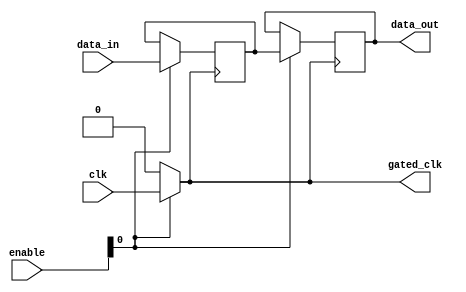
module dynamic_clock_gating (
    input wire clk,                // Main clock signal
    input wire [3:0] enable,       // Enable signals for different memory segments
    input wire [7:0] data_in,      // Data input for memory
    output reg [7:0] data_out,     // Data output from memory
    output wire gated_clk          // Gated clock output
);

// Internal signals
wire clk_gated;
reg [7:0] memory [0:15]; // Example memory array (16x8 bits)

// Clock gating logic
assign gated_clk = (enable[0]) ? clk : 1'b0; // Gating for segment 0
// You can add more gating logic for other segments as needed
// For example:
// assign gated_clk1 = (enable[1]) ? clk : 1'b0;
// assign gated_clk2 = (enable[2]) ? clk : 1'b0;
// assign gated_clk3 = (enable[3]) ? clk : 1'b0;

// Memory write operation
always @(posedge gated_clk) begin
    if (enable[0]) begin
        // Write data to memory if segment 0 is enabled
        memory[0] <= data_in;
    end
end

// Memory read operation
always @(posedge gated_clk) begin
    if (enable[0]) begin
        // Read data from memory if segment 0 is enabled
        data_out <= memory[0];
    end
end

endmodule